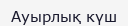
Ауырлық күш